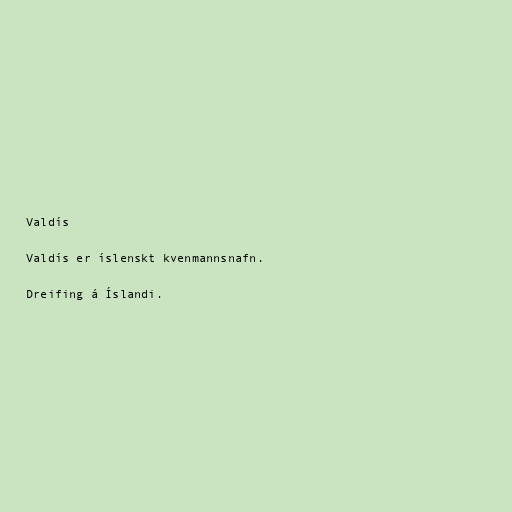
Valdís

Valdís er íslenskt kvenmannsnafn.

Dreifing á Íslandi.